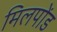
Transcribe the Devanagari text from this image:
मिलपोंड